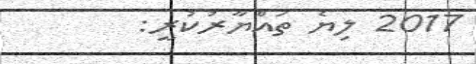
2017 ލިޔެ ތައްޔާރުކުރީ: